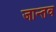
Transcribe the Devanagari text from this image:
जान्तव